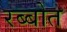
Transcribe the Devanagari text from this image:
रब्बोत